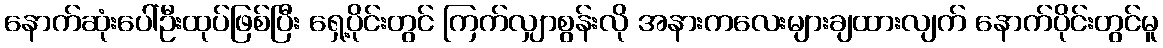
နောက်ဆုံးပေါ်ဦးထုပ်ဖြစ်ပြီး ရှေ့ပိုင်းတွင် ကြက်လျှာစွန်းလို အနားကလေးများချထားလျက် နောက်ပိုင်းတွင်မူ